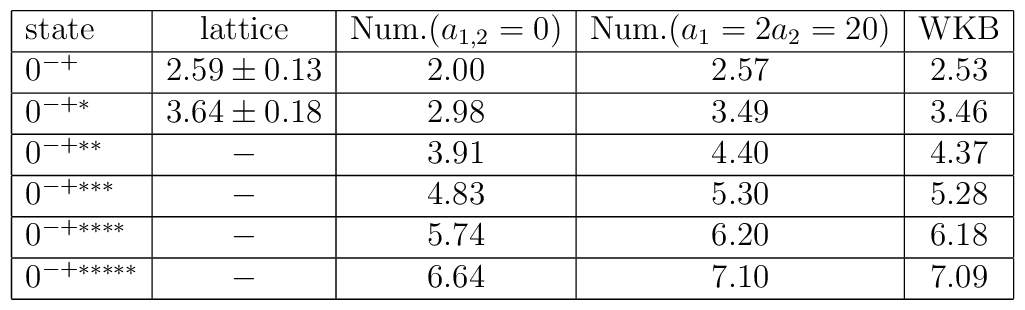
\begin{array}{|l|c|c|c|c|}\hline\mbox{state} & \mbox{lattice} & \mbox{Num.} (a_{1,2}=0) &\mbox{Num.} (a_1=2a_2=20 )& \mbox{WKB} \\ \hline0^{-+} & 2.59 \pm 0.13 & 2.00 & 2.57 &  2.53\\ \hline0^{-+*} & 3.64 \pm 0.18 & 2.98 &3.49 & 3.46\\ \hline0^{-+**} & - & 3.91 & 4.40 & 4.37 \\ \hline0^{-+***} & - & 4.83 & 5.30 & 5.28 \\ \hline0^{-+****} & - & 5.74 & 6.20 & 6.18 \\ \hline0^{-+*****}& - & 6.64 & 7.10 & 7.09  \\ \hline\end{array}